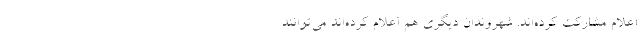
اعلام مشارکت کرده‌اند. شهروندان دیگری هم اعلام کرده‌اند می‌توانند